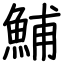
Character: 鯆